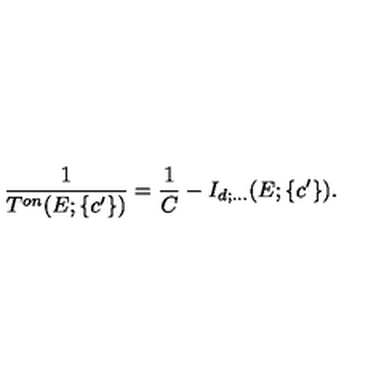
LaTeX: \displaystyle \frac { 1 } { T ^ { o n } ( E ; \{ c ^ { \prime } \} ) } = \displaystyle \frac { 1 } { C } - I _ { d ; \ldots } ( E ; \{ c ^ { \prime } \} ) .